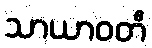
သာယာဝတီ